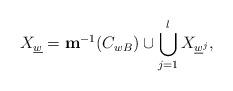
LaTeX: \begin{align*}X_{\underline{w}} = \mathbf{m}^{-1}(C_{wB}) \cup \bigcup_{j=1}^{l} X_{\underline{w}^j},\end{align*}